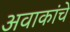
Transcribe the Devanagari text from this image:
अवाकांचे